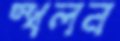
স্খলন